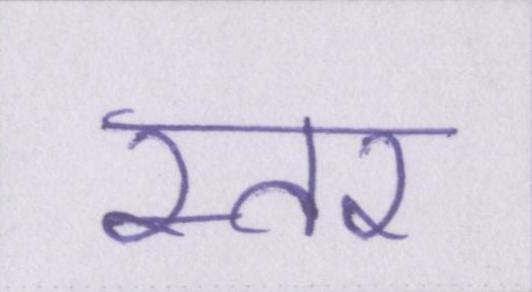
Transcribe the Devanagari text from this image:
स्तर